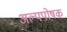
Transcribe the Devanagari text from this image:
अल्पपोषक